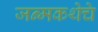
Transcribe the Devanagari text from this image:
जन्मकथेचे